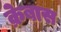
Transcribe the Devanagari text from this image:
क्रेबास